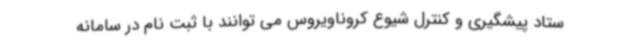
ستاد پیشگیری و کنترل شیوع کروناویروس می توانند با ثبت نام در سامانه